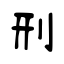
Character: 刑